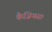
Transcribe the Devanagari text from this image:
कैजियस।